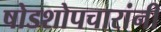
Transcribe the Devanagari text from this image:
षोडशोपचारांनी